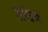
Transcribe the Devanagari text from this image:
सॉटन